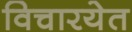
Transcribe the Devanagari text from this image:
विचारयेत